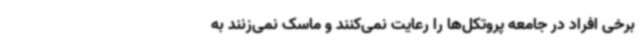
برخی افراد در جامعه پروتکل‌ها را رعایت نمی‌کنند و ماسک نمی‌زنند به